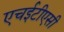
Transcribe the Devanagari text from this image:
एचईटीएसी